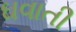
ઘવાતી